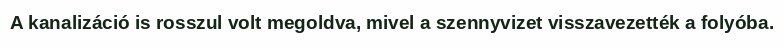
A kanalizáció is rosszul volt megoldva, mivel a szennyvizet visszavezették a folyóba.